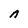
Character: A